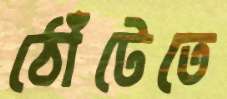
ঠোঁটেতে